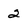
Character: 2